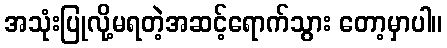
အသုံးပြုလို့မရတဲ့အဆင့်ရောက်သွား တော့မှာပါ။